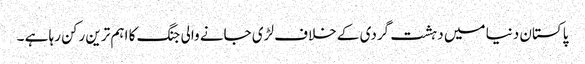
پاکستان دنیا میں دہشت گردی کے خلاف لڑی جانے والی جنگ کا اہم ترین رکن رہا ہے ۔